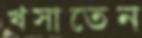
খসাতেন